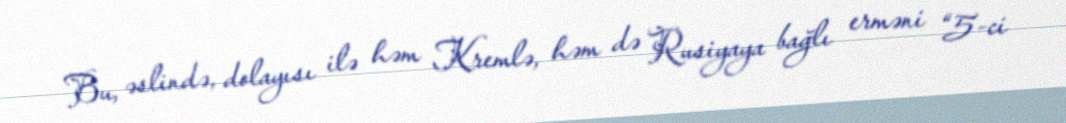
Bu, əslində, dolayısı ilə həm Kremlə, həm də Rusiyaya bağlı erməni “5-ci